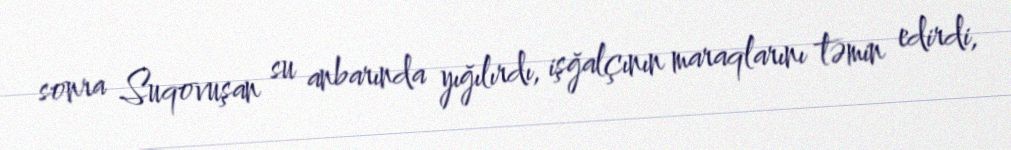
sonra Suqovuşan su anbarında yığılırdı, işğalçının maraqlarını təmin edirdi,